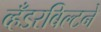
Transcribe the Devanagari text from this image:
व्हँडरबिल्टने